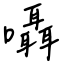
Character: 囁